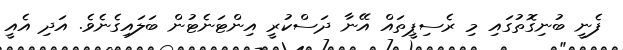
ފެނީ ބުނިގޮތުގައި މި ރެސިޕީތައް އޭނާ ދަސްކުރީ އިންޓަނެޓުން ބަލައިގެނެވެ. އަދި އެއީ